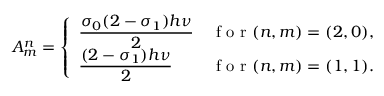
A _ { m } ^ { n } = \left\{ \begin{array} { l l } { \displaystyle \frac { \sigma _ { 0 } ( 2 - \sigma _ { 1 } ) h \nu } { 2 } } & { \textrm { f o r } ( n , m ) = ( 2 , 0 ) , } \\ { \displaystyle \frac { ( 2 - \sigma _ { 1 } ) h \nu } { 2 } } & { \textrm { f o r } ( n , m ) = ( 1 , 1 ) . } \end{array} \right.